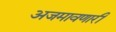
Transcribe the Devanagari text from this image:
अजमावणारी